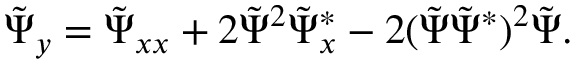
\tilde { \Psi } _ { y } = \tilde { \Psi } _ { x x } + 2 \tilde { \Psi } ^ { 2 } \tilde { \Psi } _ { x } ^ { * } - 2 ( \tilde { \Psi } \tilde { \Psi } ^ { * } ) ^ { 2 } \tilde { \Psi } .